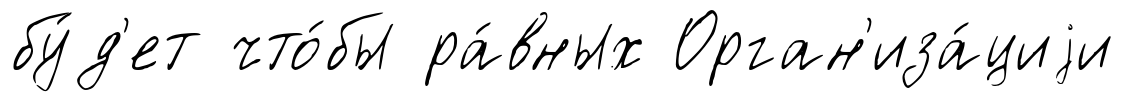
бу́д'ет что́бы ра́вных Орган'иза́циjи